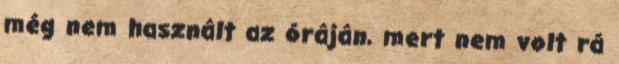
még nem használt az óráján, mert nem volt rá